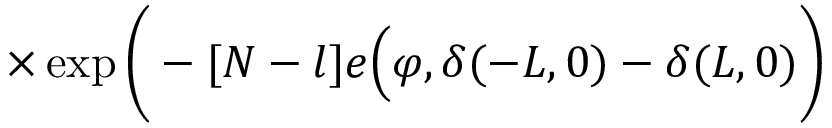
\times \exp \bigg ( - [ N - l ] e \Big ( \varphi , \delta ( - L , 0 ) - \delta ( L , 0 ) \bigg )